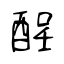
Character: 酲